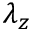
\lambda _ { z }